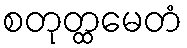
စတုတ္ထမေတံ